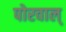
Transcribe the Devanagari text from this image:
पोरवाल्